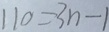
1 1 0 = 3 n - 1